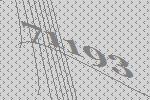
71193